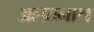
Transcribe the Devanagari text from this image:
अलतनाथ